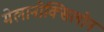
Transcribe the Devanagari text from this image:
मेलानोक्सिलोन